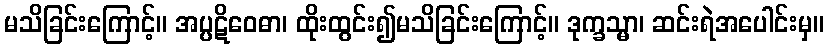
မသိခြင်းကြောင့်။ အပ္ပဋိဝေဓာ၊ ထိုးထွင်း၍မသိခြင်းကြောင့်။ ဒုက္ခသ္မာ၊ ဆင်းရဲအပေါင်းမှ။